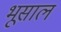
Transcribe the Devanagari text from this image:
भूसाल